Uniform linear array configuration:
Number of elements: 8
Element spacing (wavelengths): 0.25
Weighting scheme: hann
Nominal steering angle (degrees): -60
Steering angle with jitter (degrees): -60.345
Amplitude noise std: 0.05
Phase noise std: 0.05

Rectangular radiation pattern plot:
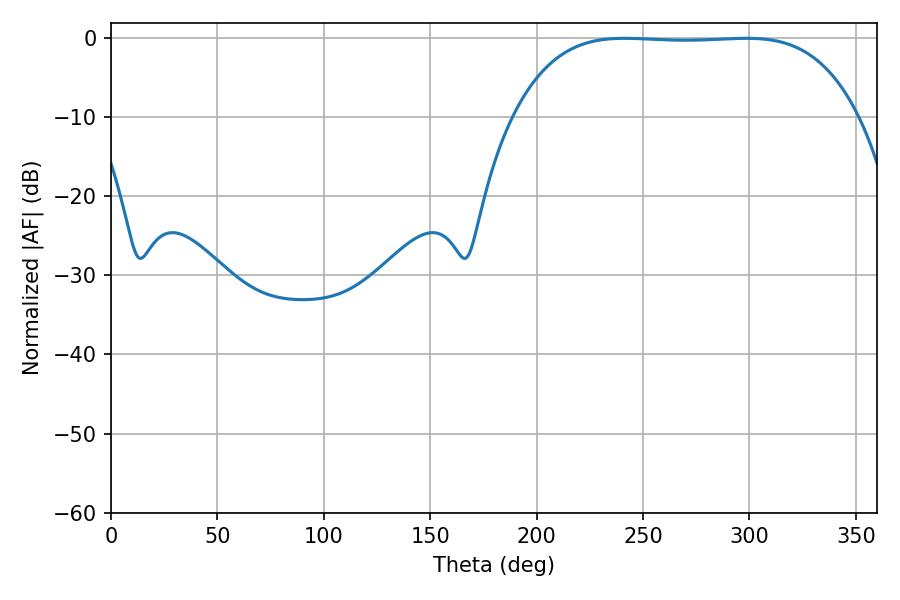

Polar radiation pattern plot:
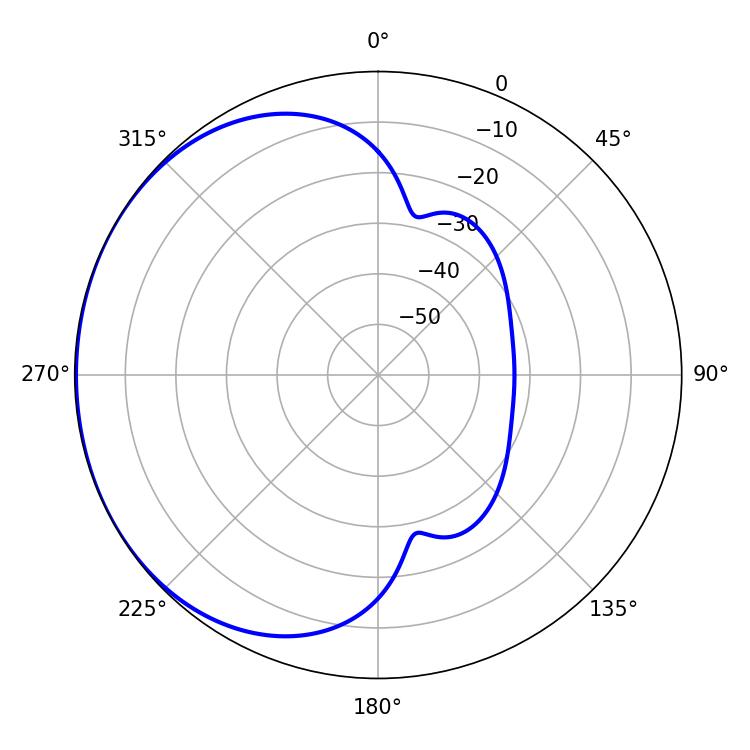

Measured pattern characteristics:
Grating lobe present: FALSE
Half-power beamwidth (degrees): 125.28
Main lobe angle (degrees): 241.38